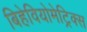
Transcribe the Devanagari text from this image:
बिहेवियोमेट्रिक्स